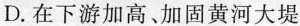
D.在下游加高，加固黄河大堤